Calcutta medical institutions reports 1871-78
Year: 1871
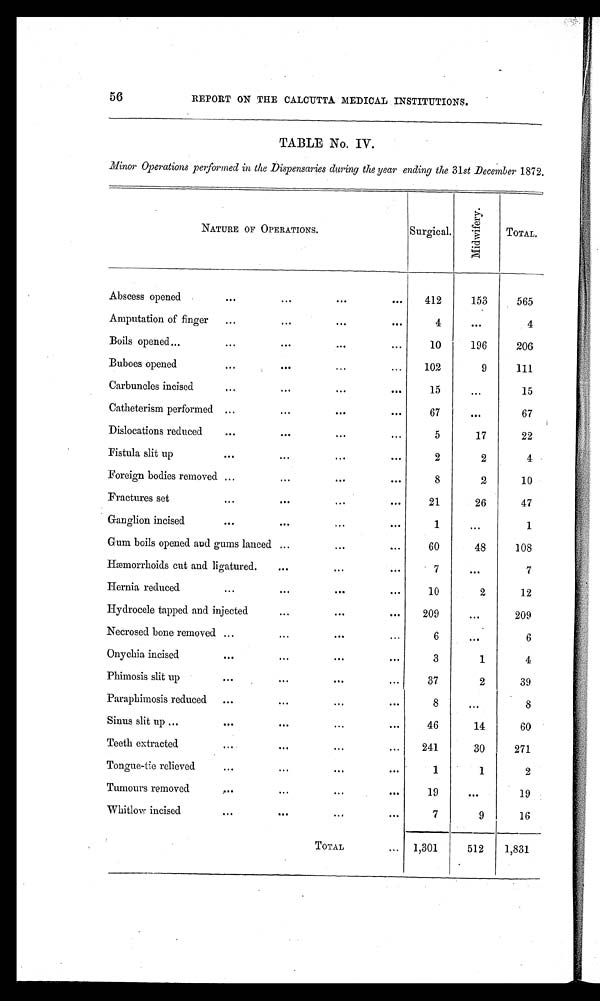
56
REPORT ON THE CALCUTTA MEDICAL INSTITUTIONS.
TABLE NO. IV.
Minor Operations performed in the Dispensaries during the year ending the 31st December 1872.
NATURE OF OPERATIONS.
Abscess opened
Amputation of finger
Surgic al.
412
4
M i d w i f e r y .
153
...
TOTAL.
565
4
Boils opened
10
196
206
Buboes opened
102
9
111
Carbuncles incised
15
. . .
15
Catheterism performed
67
...
67
Dislocations reduced
5
17
22
Fistula slit up
2
2
4
Foreign bodies removed
8
2
10
Fractures set
21
26
47
Ganglion incised
1
...
1
Gum boils opened and gums lanced
60
48
108
Hemorrhoids cut and ligatured.
7
...
7
Hernia reduced
10
2
12
Hydrocele tapped and injected
209
...
209
Necrosed bone removed
6
...
6
Onychia incised
3
1
4
Phimosis slit up
37
2
39
Paraphimosis reduced
8
...
8
Sinus slit up
46
14
60
Teeth extracted.
241
30
271
Tongue-tie relieved
1
1
2
Tumours removed
19
...
19
Whitlow incised
7
9
16
TOTAL
1,301
512
1,831